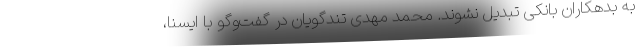
به بدهکاران بانکی تبدیل نشوند. محمد مهدی تندگویان در گفت‌وگو با ایسنا،